Leningradi_Edasi_toimetus, lk 189
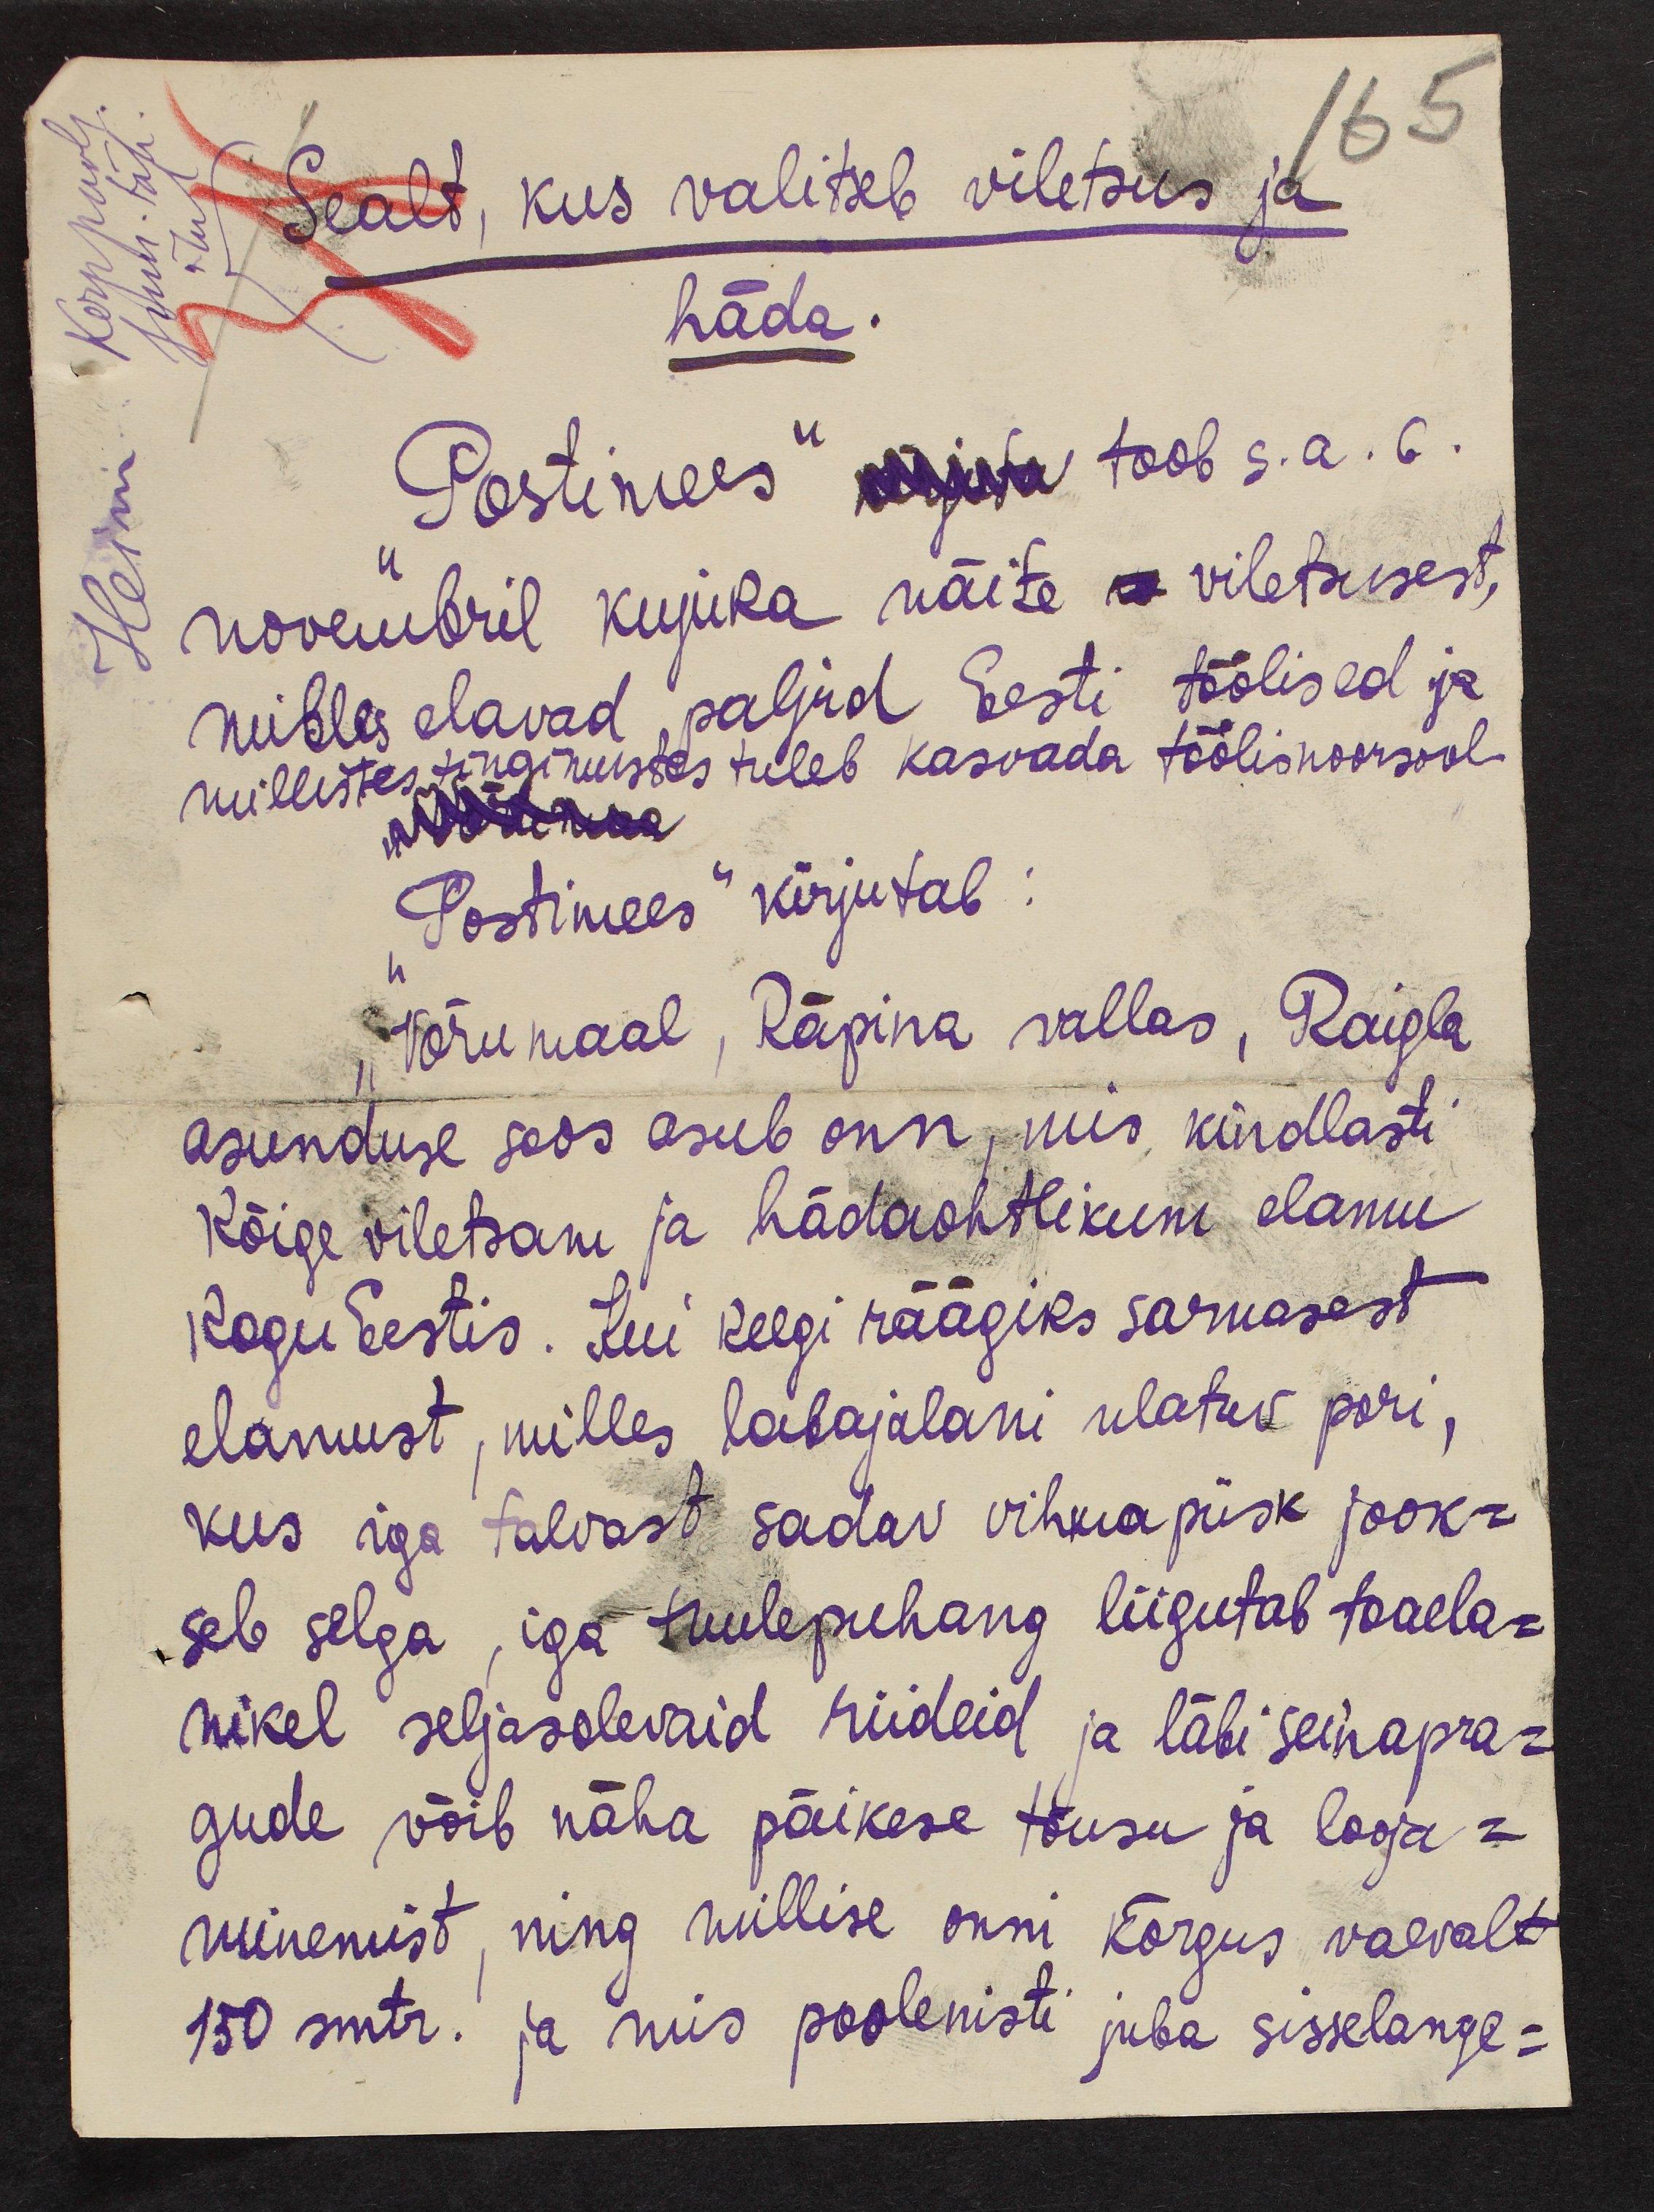
Sealt, kus valitseb viletsus ja
häda.
„Postimees“ toob s.a. 6.
novembril kujuka näite viletsusest,
milles elavad paljud Eesti töölised ja
millistes tingimustes tuleb kasvada töölisnoorsool.
„Postimees“ kirjutab:
„Võrumaal, Räpina vallas, Raigla
asunduse soos asub onn, mis kindlasti
kõige viletsam ja hädaohtlikum elamu
kogu Eestis. Kui keegi räägiks sarnasest
elamust, milles labajalani ulatuv pori,
kus iga taevast sadav vihmapiisk jook-
seb selga, iga tuulepuhang liigutab toaela-
nikel seljasolevid riideid ja läbi seinapra-
gude võib näha päikese tõusu ja looja-
minemist, ning miillise onni kõrgus vaevalt
150 smtr. ja mis poolenisti juba sisselange-